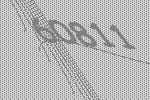
60811